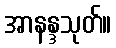
အာနန္ဒသုတ်။